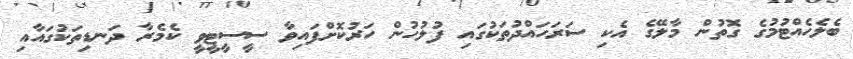
ބެލެހެއްޓުމުގެ ގޮތުން މާލޭގެ އެކި ސަރަހައްދުތަކުގައި ފުލުހުން ހަރުކޮށްފައިވާ ސީސީޓީވީ ކެމެރާ ދަނޑިތަކުގައާއި